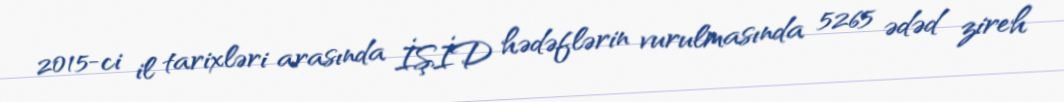
2015-ci il tarixləri arasında İŞİD hədəflərin vurulmasında 5265 ədəd zireh